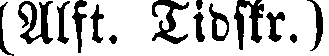
(Alft. Tidskr.)